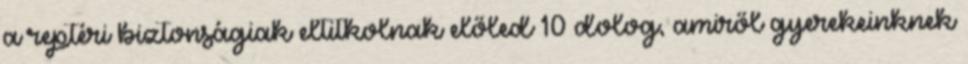
a reptéri biztonságiak eltitkolnak előled 10 dolog, amiről gyerekeinknek